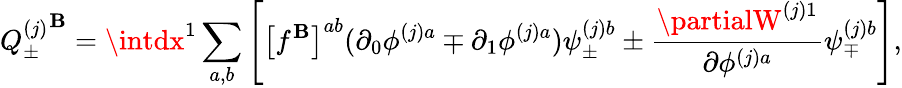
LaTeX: {Q_{\pm}^{(j)}}^{\mathbf{B}}=\intdx^{1}\sum_{a,b}\left[\left[f^{\mathbf{B}}\right]^{ab}(\partial_{0}\phi^{(j)a}\mp\partial_{1}\phi^{(j)a})\psi_{\pm}^{(j)b}\pm\frac{{\partialW^{(j)1}}}{{\partial\phi^{(j)a}}}\psi_{\mp}^{(j)b}\right],